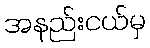
အနည်းငယ်မှ